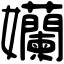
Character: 孏